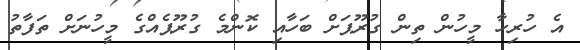
އެ ހުރިހާ މީހުން ތިން ގުރޫޕަށް ބަހާއި ކޮންމެ ގުރޫޕެއްގެ މީހުނަށް ތަފާތު